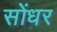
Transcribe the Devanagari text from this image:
सोंधर